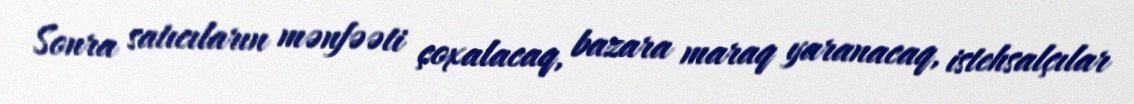
Sonra satıcıların mənfəəti çoxalacaq, bazara maraq yaranacaq, istehsalçılar